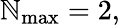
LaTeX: \mathbb{N}_{\mathrm{{max}}}=2,